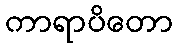
ကာရာပိတော